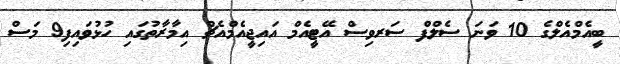
ބީއެމްއެލްގެ 10 ވަނަ ސެލްފް ސަރވިސް އޭޓީއެމް އައިޖީއެމްއެޗް އިމާރާތުގައި ހުޅުވައިފި9 މަސް